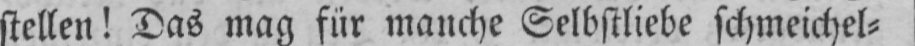
stellen! Das mag für manche Selbstliebe schmeichel⸗